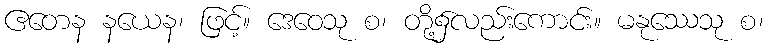
ဧတေန နယေန၊ ဖြင့်။ ဒေဝေသု စ၊ တို့၌လည်းကောင်း။ မနုဿေသု စ၊